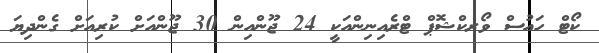
ކޯޓް ހައުސް ވޯރކްޝޮޕް ޓްރެއިނިންއަކީ 24 ޖޫންއިން 30 ޖޫންއަށް ކުރިއަށް ގެންދިޔަ